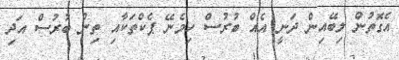
އެގޮތުން ލިބޭއިން ދަނީ އެއް ބުރުސް ހިމެނޭ ޕެކްތަކާއި ތިން ބުރުސް އަދި